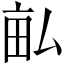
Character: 畆